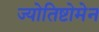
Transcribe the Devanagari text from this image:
ज्योतिष्टोमेन